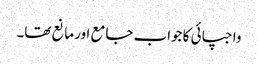
واجپائی کا جواب جامع اور مانع تھا۔